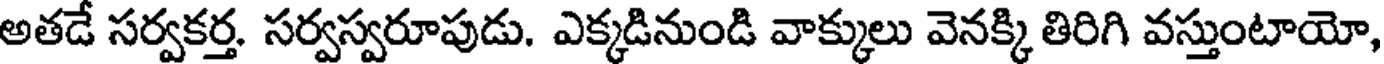
అతడే సర్వకర్త. సర్వస్వరూపుడు. ఎక్కడినుండి వాక్కులు వెనక్కి తిరిగి వస్తుంటాయో,